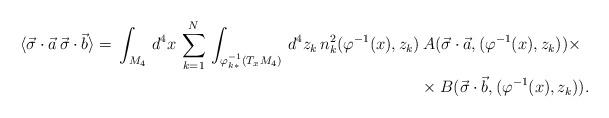
LaTeX: \begin{align*} \langle \vec{\sigma}\cdot{\vec{a}}\,\vec{\sigma}\cdot\vec{b}\rangle=\,\int_{M_4}\,d^4x\,\sum^N_{k=1}\, \int_{\varphi^{-1}_{k*}(T_xM_4)}\,d^4z_k\,n^2_k(\varphi^{-1}(x),z_k)&\,A(\vec{\sigma}\cdot{\vec{a}},(\varphi^{-1}(x),z_k))\times\\ \break& \times B(\vec{\sigma}\cdot\vec{b},(\varphi^{-1}(x),z_k)). \end{align*}